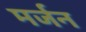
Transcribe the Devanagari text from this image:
मर्जन